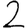
Digit: 2